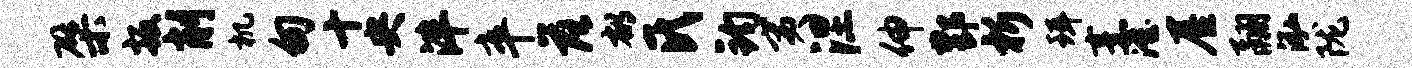
檗扳削机甸十央泮卒落郁氏钧夷涅伸酆析珥烹澄屋翮泓陇